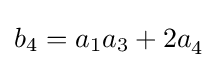
b_{4}=a_{1}a_{3}+2a_{4}^{}